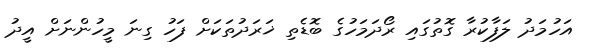
އަހުމަދު ލަފާކުރާ ގޮތުގައި ރޯދަމަހުގެ ބޮޑެތި ޚަރަދުތަކަށް ފަހު ގިނަ މީހުންނަށް އީދު